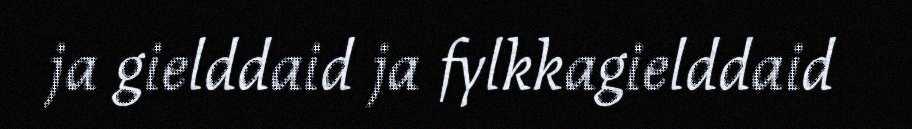
ja gielddaid ja fylkkagielddaid